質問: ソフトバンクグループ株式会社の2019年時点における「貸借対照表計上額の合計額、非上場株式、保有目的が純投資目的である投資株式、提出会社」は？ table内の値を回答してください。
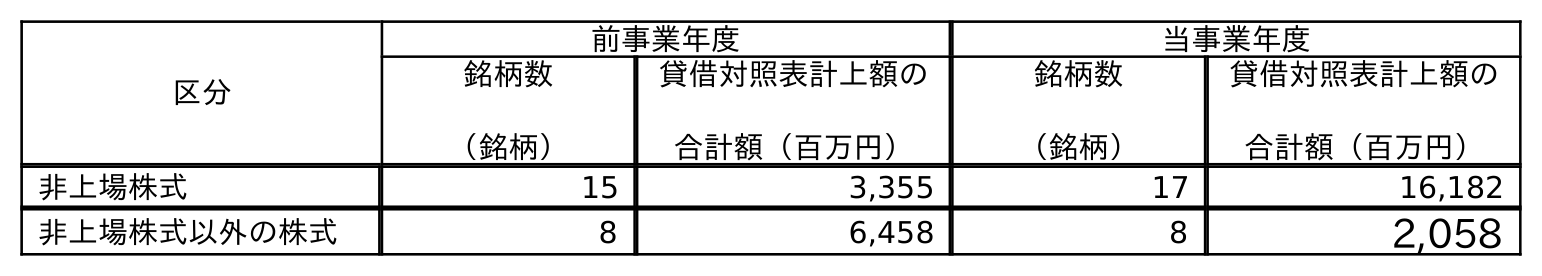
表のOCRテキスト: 区分 前事業年度 当事業年度 銘柄数 （銘柄） 貸借対照表計上額の 合計額（百万円） 銘柄数 （銘柄） 貸借対照表計上額の 合計額（百万円） 非上場株式 15 3,355 17 16,182 非上場株式以外の株式 8 6,458 8 2,058
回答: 3,355